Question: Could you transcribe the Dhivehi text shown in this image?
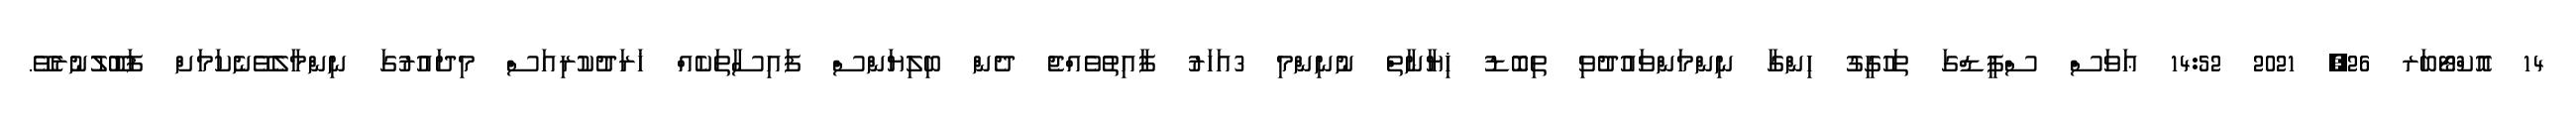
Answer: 14 އޮކްޓޯބަރ 26, 2021 14:52 ޢަވަސް ސްޕީޑްގަ ތަހުގީގު ހިންގާ ނިންމަންވައުދުވި ތިބޮޑު ޚިޔާނާތް ނުނިންމި 3އަހަރު ފާއިތުވެއްޖެ ދެން ބިލިޔަންސް ފައިސާތަކެއް ޚަރަދުކުރިއަސް މިދައުރުގަ ނިންމާލެވޭނެކަމަށް ފަބޫލުނުރެވޭ.